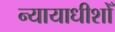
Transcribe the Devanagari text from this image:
न्यायाधीशोँ